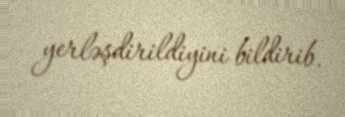
yerləşdirildiyini bildirib.